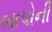
બાપોની